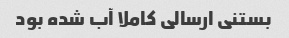
بستنی ارسالی کاملا آب شده بود